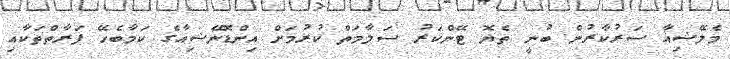
މެލޭޝިއާ ސަރުކާރުން ބުނީ ތެޔޮ ޓޭންކަރު ސަލާމަތް ކުރުމަށް އިންޑޮނޭޝިއާގެ ކަމާބެހޭ ފަރާތްތަކާއި